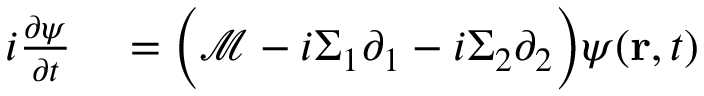
\begin{array} { r } { \begin{array} { r l } { i \frac { \partial \psi } { \partial t } } & { { } = \Big ( \mathcal { M } - i \Sigma _ { 1 } \partial _ { 1 } - i \Sigma _ { 2 } \partial _ { 2 } \Big ) \psi ( \mathbf { r } , t ) } \end{array} } \end{array}